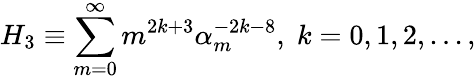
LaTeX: H_{3}\equiv\sum_{m=0}^{\infty}m^{2k+3}\alpha_{m}^{-2k-8},\; k=0,1,2,...,